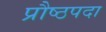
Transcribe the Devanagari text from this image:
प्रौष्ठपदा